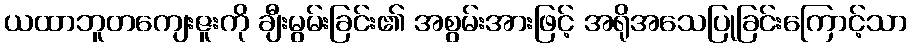
ယထာဘူတကျေးဇူးကို ချီးမွမ်းခြင်း၏ အစွမ်းအားဖြင့် အရိုအသေပြုခြင်းကြောင့်သာ